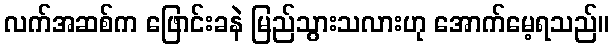
လက်အဆစ်က ဖြောင်းခနဲ မြည်သွားသလားဟု အောက်မေ့ရသည်။